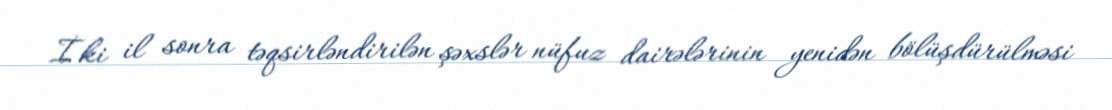
İki il sonra təqsirləndirilən şəxslər nüfuz dairələrinin yenidən bölüşdürülməsi